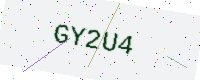
Text: GY2U4